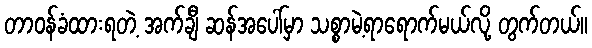
တာဝန်ခံထားရတဲ့ အက်ချီ ဆန်အပေါ်မှာ သစ္စာမဲ့ရာရောက်မယ်လို့ တွက်တယ်။